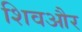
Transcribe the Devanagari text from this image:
शिवऔर